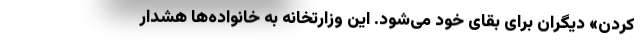
کردن» دیگران برای بقای خود می‌شود. این وزارتخانه به خانواده‌ها هشدار